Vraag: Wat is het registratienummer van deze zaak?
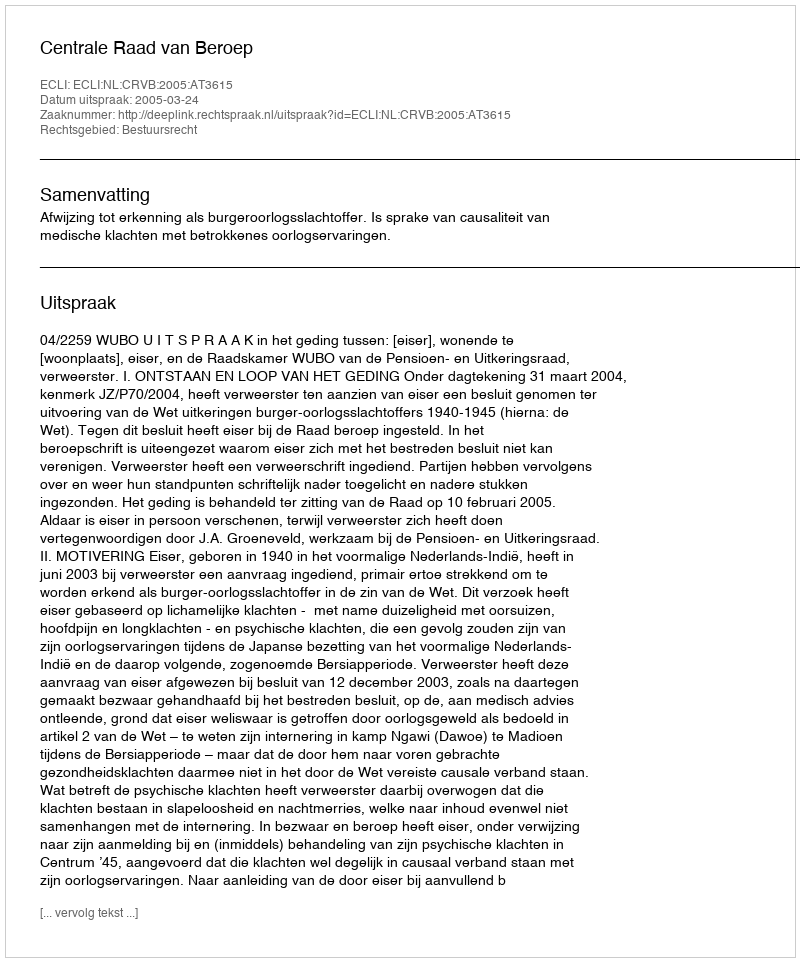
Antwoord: http://deeplink.rechtspraak.nl/uitspraak?id=ECLI:NL:CRVB:2005:AT3615